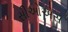
સીઓએસ